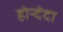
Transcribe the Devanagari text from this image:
होन्देदा